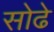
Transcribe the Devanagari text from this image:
सोढे